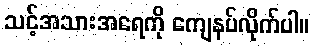
သင့်အသားအရေကို ကျေနပ်လိုက်ပါ။